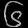
Digit: ၆